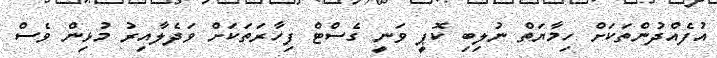
އުފެއްދުންތަކަށް ހިމާޔަތް ނުލިބި ކޮޕީ ވަނީ ގެސްޓް ފިހާރަތަކަށް ވަދެލާއިރު މުޅިން ވެސް